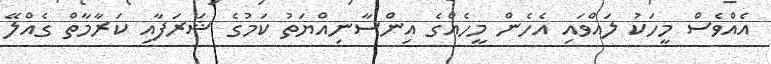
އެއްވެސް މީހަކު ލައްވައި އެހެން މީހެއްގެ އިންސާނިއްޔަތު ކަމުގެ ޝަރަފާއި ކަރާމާތް ގެއްލޭ